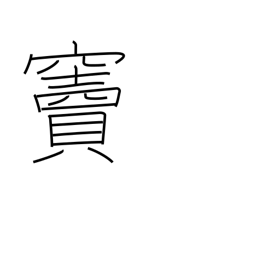
Meaning: doorway